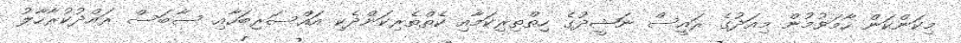
މިކަންކަން ހާމަވުމުން މިއަދުގެ ރައީސް ނަޝީދުގެ ހިތްތިރިކަމާއި ކެތްތެރިކަންދެކި އައްސަރިބަހާއި ސާބަސް ރައްދުކުރާހާލު